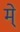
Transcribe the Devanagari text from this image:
मे्